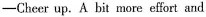
——Cheer up. A bit more effort and